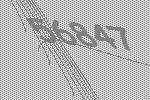
56847